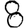
Digit: 8